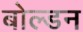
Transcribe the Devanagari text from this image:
बोल्डन